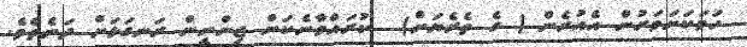
ހަމަކަށަވަރުން އެއުރެން ( ގެ ތެރެޔަށް)  ކުރައްވާނެކަން ޖިންނީން ރަނގަޅަށް ދަނެތެވެ.